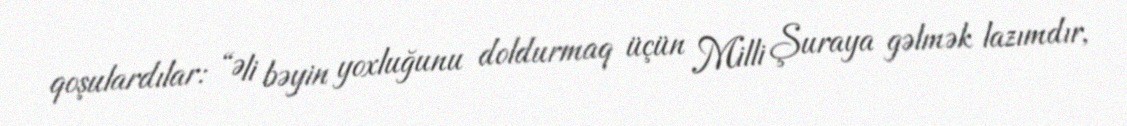
qoşulardılar: “Əli bəyin yoxluğunu doldurmaq üçün Milli Şuraya gəlmək lazımdır,